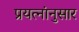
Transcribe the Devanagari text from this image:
प्रयत्नांनुसार